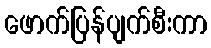
ဖောက်ပြန်ပျက်စီးကာ